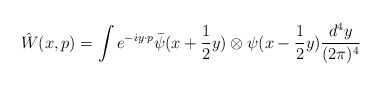
\begin{align*}\hat{W}(x,p) = \int e^{-iy\cdot p}\bar{\psi}(x+\frac{1}{2}y)\otimes\psi(x- \frac{1}{2}y)\frac{d^4y}{(2\pi)^4}\end{align*}